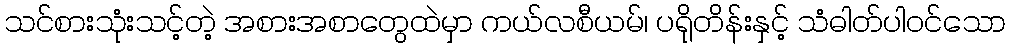
သင်စားသုံးသင့်တဲ့ အစားအစာတွေထဲမှာ ကယ်လစီယမ်၊ ပရိုတိန်းနှင့် သံဓါတ်ပါဝင်သော